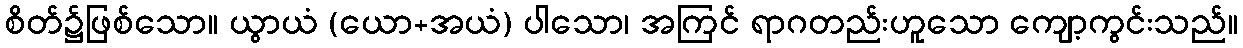
စိတ်၌ဖြစ်သော။ ယွာယံ (ယော+အယံ) ပါသော၊ အကြင် ရာဂတည်းဟူသော ကျော့ကွင်းသည်။